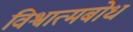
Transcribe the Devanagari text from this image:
विश्वात्मबोध